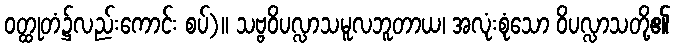
ဝတ္ထုတံ၌လည်းကောင်း စပ်)။ သဗ္ဗဝိပလ္လာသမူလဘူတာယ၊ အလုံးစုံသော ဝိပလ္လာသတို့၏